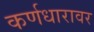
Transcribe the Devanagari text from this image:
कर्णधारावर